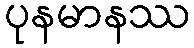
ပုနမာနဿ